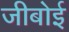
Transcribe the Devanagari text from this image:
जीबोई